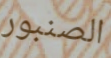
الصنبور